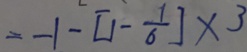
= - 1 - [ 1 - \frac { 1 } { 6 } ] \times 3